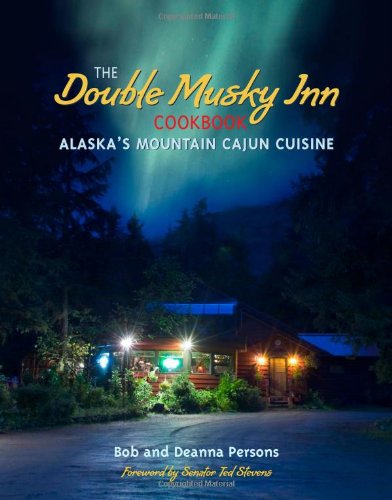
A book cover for The Double Musky Inn Cookbook: Alaska's Mountain Cajun Cuisine; Bob Persons; Cookbooks, Food & Wine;